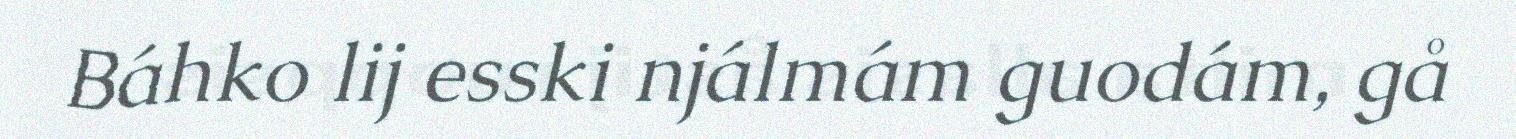
Báhko lij esski njálmám guodám, gå